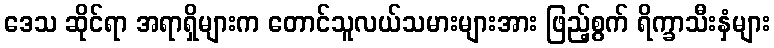
ဒေသ ဆိုင်ရာ အရာရှိများက တောင်သူလယ်သမားများအား ဖြည့်စွက် ရိက္ခာသီးနှံများ